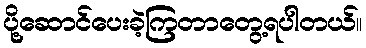
ပို့ဆောင်ပေးခဲ့ကြတာတွေ့ရပါတယ်။